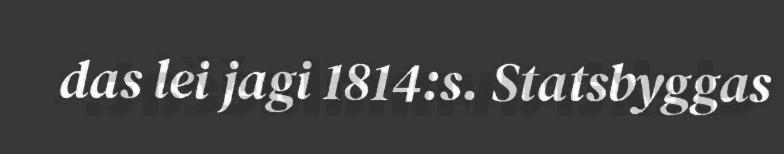
das lei jagi 1814:s. Statsbyggas